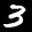
Label: 3